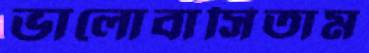
ভালোবাসিতাম